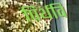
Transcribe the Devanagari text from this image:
पिर्थवि